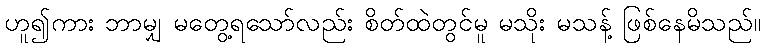
ဟူ၍ကား ဘာမျှ မတွေ့ရသော်လည်း စိတ်ထဲတွင်မူ မသိုး မသန့် ဖြစ်နေမိသည်။